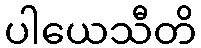
ပါယေသီတိ